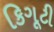
કિગૂટી